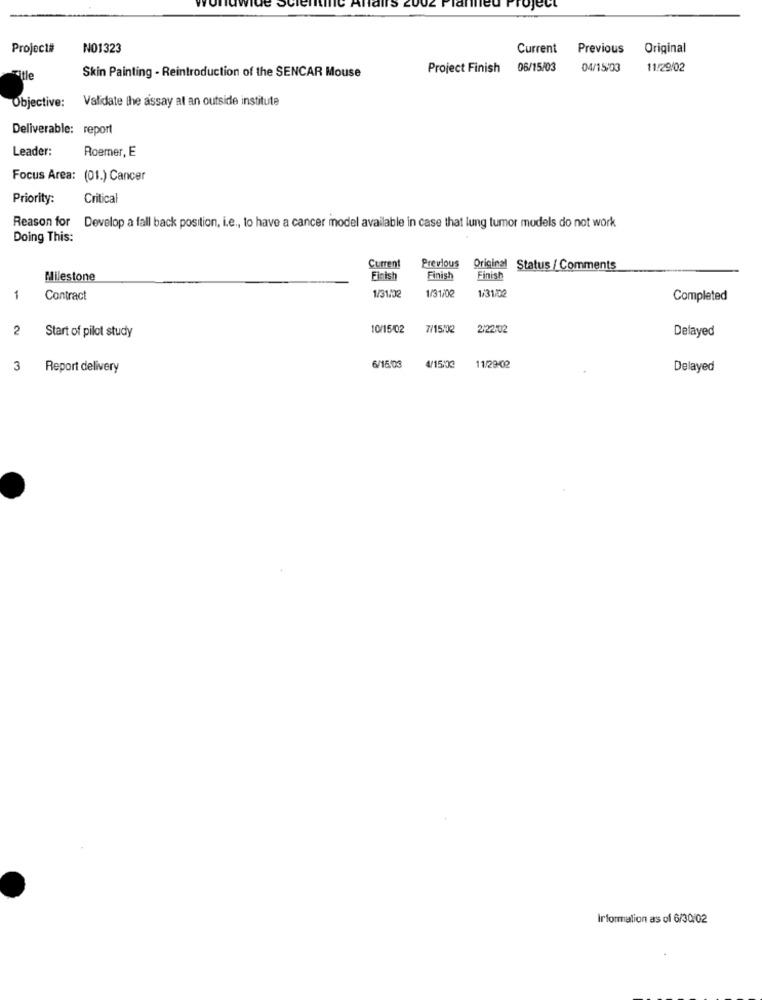
DJett
Project#
NO1323
Current
Previous
Original
Skin Painting - Reintroduction of the SENCAR Mouse
Project Finish 06/15/03
04/15/03
11/29/02
Title
Objective:
Validate the assay al an outside institute
Deliverable: report
Leader:
Roemer, E
Focus Area: (01.) Cancer
Priority:
Critical
Reason for Develop a fall back position, i.e ., to have a cancer model available in case that lung tumor models do not work
Doing This:
Current
Previous
Original Status / Comments
Milestone
Finish
Finish
Finish
1/31/02
1
Contract
1/31/02
1/31/02
Completed
2
10/15/02
7/15:02
2/22/02
Delayed
Start of pilot study
3
Report delivery
6/15/03
4/15:00
11/29/02
Delayed
information as of 6/30/02